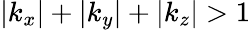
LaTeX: |k_{x}|+|k_{y}|+|k_{z}|>1